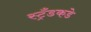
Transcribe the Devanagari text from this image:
स्ट्रँडकडे